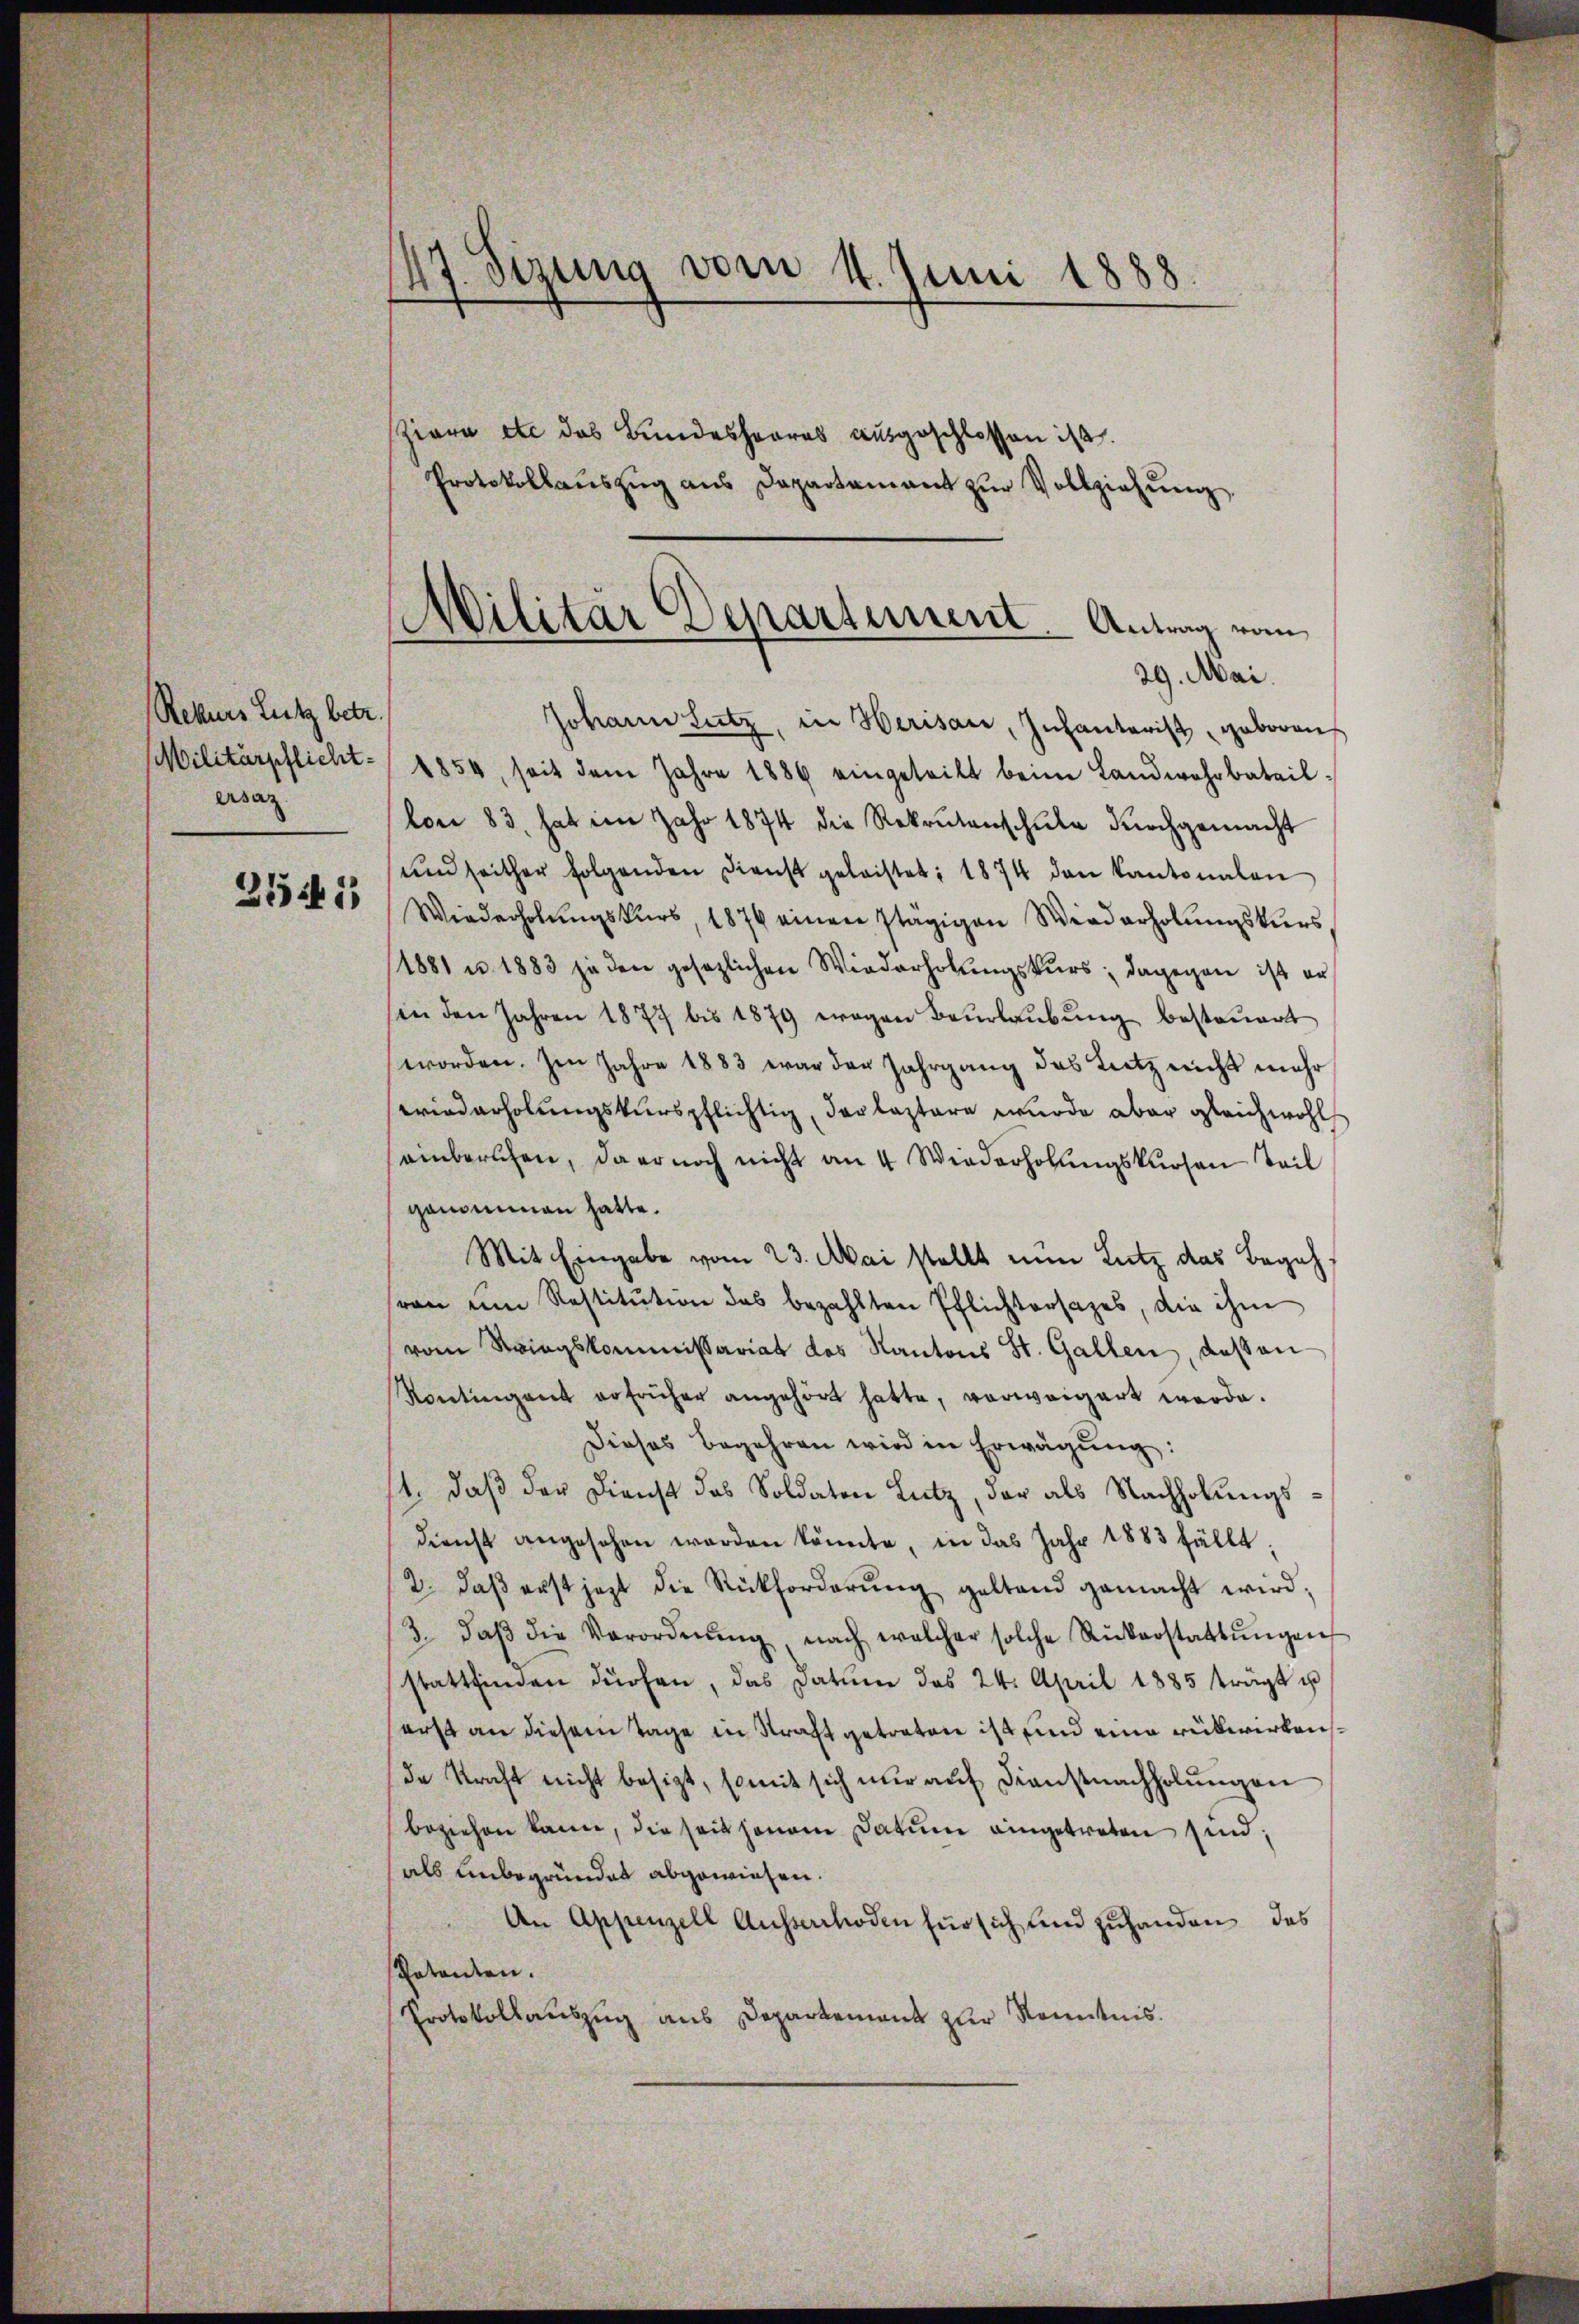
Rekurs Lutz betr.
ersaz
2541

47. Sizung vom 4. Juni 1888.

Ziera etc das Bundeshoores ausgeschlossen ist.
Protokollaŭszŭg ans Departamant zŭr Vollziehŭng.

Militär Departement. Antrag vom
29. Mai.

Johann Satz, in Herisau, Infantarist geboren
Militärpflicht 1854, seit dem Jahre 1886 eingeteilt beim Landwehrbataillon 83, hat im Jahr 1874 die Rekrutenschŭle dŭrchgemacht
und seither folgenden Dienst geleistet; 1874 den Kantonalen
Wiederholungskurs, 1876 einen stägigen Wiederholungskurs
1881 u. 1883 ja den gesezlichen Wiederholungskurs; dagegen ist er
in den Jahren 1877 bis 1879 wegen Beurlaŭbŭng besteuert
worden. Im Jahre 1883 war der Jahrgang des Lutz nicht mehr
wiederholungskurspflichtig, der leztere wurde aber gleichwohl
einberechen, da er noch nicht an 4 Wiederholŭngskursen Teil
genommen hatte.
Mit Eingabe vom 23. Mai stellt nun Lutz das Begehran um Restitution des bezahlten Pflichtersages, die ihm
vom Kriegskommissariat des Kantons St. Gallen, das an
Kontingent erfrüher angehört hatte, verweigert werde.
Dieses Begehren wird in Erwägŭng:
1., daß der Dienst des Soldaten Lutz, der als Nachholungsdienst angesehen worden könnte, in das Jahr 1883 fällt.
2. daβ erst jezt die Rückforderŭng geltend gemacht wird;
3. daβ die Verordnŭng, nach welcher solche Rükerstattŭngen
stattfinden dürfen, das Datum das 24. April 1885 trägt u
erst an diesem Tage in Straft getreten ist und eine rükwirkende Kraft nicht besizt, somit sich nur auf Dienstnachholungen
beziehen kann, die seit jenem Datum eingetreten sind;
als unbegründet abgewiesen.
An Appenzell Ausserrhoden für sich und zuhanden, das
Patanten.
Protokollauszug aus Departement zur Kenntnis.